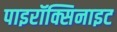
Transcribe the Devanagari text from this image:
पाइरॉक्सिनाइट